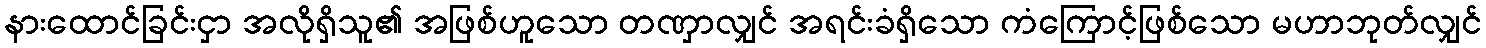
နားထောင်ခြင်းငှာ အလိုရှိသူ၏ အဖြစ်ဟူသော တဏှာလျှင် အရင်းခံရှိသော ကံကြောင့်ဖြစ်သော မဟာဘုတ်လျှင်